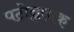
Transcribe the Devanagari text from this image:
पटोन्नायक